Plague in India, 1896, 1897 - Volume 1
Year: 1896
Disease focus: Plague
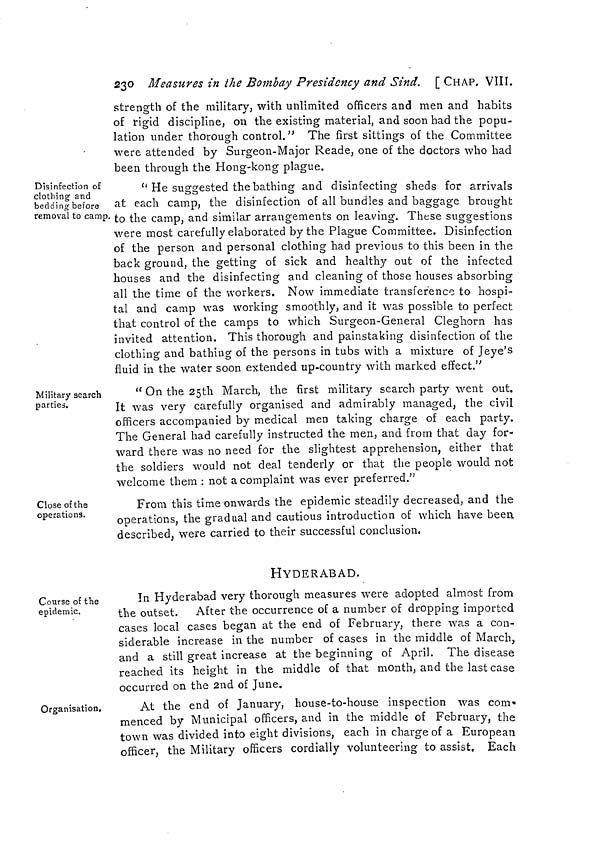
230 Measures in the Bombay Presidency and Sind. [ CHAP, VIII.
strength of the military, with unlimited officers and men and habits
of rigid discipline, on the existing material, and soon had the popu-
lation under thorough control." The first sittings of the Committee
were attended by Surgeon-Major Reade, one of the doctors who had
been through the Hong-kong plague.
Disinfection of
clothing and
bedding before
removal to camp.
" He suggested the bathing and disinfecting sheds for arrivals
at each camp, the disinfection of all bundles and baggage brought
to the camp, and similar arrangements on leaving. These suggestions
were most carefully elaborated by the Plague Committee. Disinfection
of the person and personal clothing had previous to this been in the
back ground, the getting of sick and healthy out of the infected
houses and the disinfecting and cleaning of those houses absorbing
all the time of the workers. Now immediate transference to hospi-
tal and camp was working smoothly, and it was possible to perfect
that control of the camps to which Surgeon-General Cleghorn has
invited attention. This thorough and painstaking disinfection of the
clothing and bathing of the persons in tubs with a mixture of Jeye's
fluid in the water soon extended up-country with marked effect,"
Military search
parties.
" On the 25th March, the first military search party went out.
It was very carefully organised and admirably managed, the civil
officers accompanied by medical men taking charge of each party.
The General had carefully instructed the men, and from that day for-
ward there was no need for the slightest apprehension, either that
the soldiers would not deal tenderly or that the people would not
welcome them : not a complaint was ever preferred."
Close of the
operations.
From this time onwards the epidemic steadily decreased, and the
operations, the gradual and cautious introduction of which have been
described, were carried to their successful conclusion.
HYDERABAD.
Course of the
epidemic.
In Hyderabad very thorough measures were adopted almost from
the outset. After the occurrence of a number of dropping imported
cases local cases began at the end of February, there was a con-
siderable increase in the number of cases in the middle of March,
and a still great increase at the beginning of April. The disease
reached its height in the middle of that month, and the last case
occurred on the 2nd of June.
Organisation,
At the end of January, house-to-house inspection was com.
menced by Municipal officers, and in the middle of February, the
town was divided into eight divisions, each in charge of a European
officer, the Military officers cordially volunteering to assist. Each